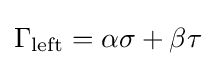
\Gamma _{\text{left}}=\alpha \sigma +\beta \tau